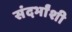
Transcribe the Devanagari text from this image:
संदर्भांंशी